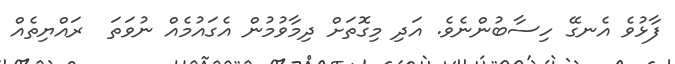
ފާޅުވެ އެނގޭ ހިސާބުންނެވެ. އަދި މިގޮތަށް ދިމާވުމުން އެގައުމެއް ނުވަތަ  ރައްޔިތެއް